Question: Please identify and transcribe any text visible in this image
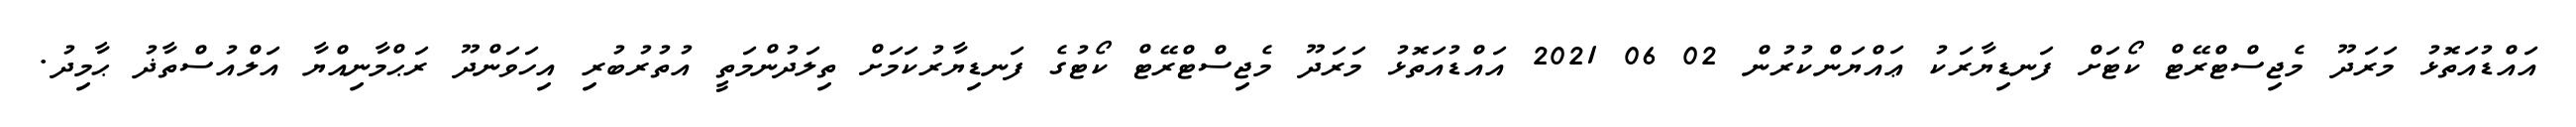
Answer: އައްޑުއަތޮޅު މަރަދޫ މެޖިސްޓްރޭޓް ކޯޓަށް ފަނޑިޔާރަކު ޢައްޔަންކުރުން 02 06 2021 އައްޑުއަތޮޅު މަރަދޫ މެޖިސްޓްރޭޓް ކޯޓުގެ ފަނޑިޔާރުކަމަށް ތިލަދުންމަތީ އުތުރުބުރި އިހަވަންދޫ ރަޙްމާނިއްޔާ އަލްއުސްތާޛު ޙާމިދު.